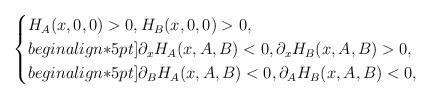
LaTeX: \begin{align*}\begin{cases} H_A(x,0,0)>0, H_B(x,0,0)>0, \\begin{align*}5pt] \partial_x H_A(x,A,B)<0,\partial_x H_B(x,A,B)>0, \\begin{align*}5pt]\partial_BH_A(x,A,B)<0,\partial_AH_B(x,A,B)<0,\end{cases}\end{align*}